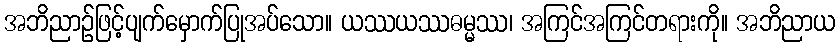
အဘိညာဉ်ဖြင့်ပျက်မှောက်ပြုအပ်သော။ ယဿယဿဓမ္မဿ၊ အကြင်အကြင်တရားကို။ အဘိညာယ